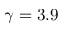
\gamma = 3 . 9